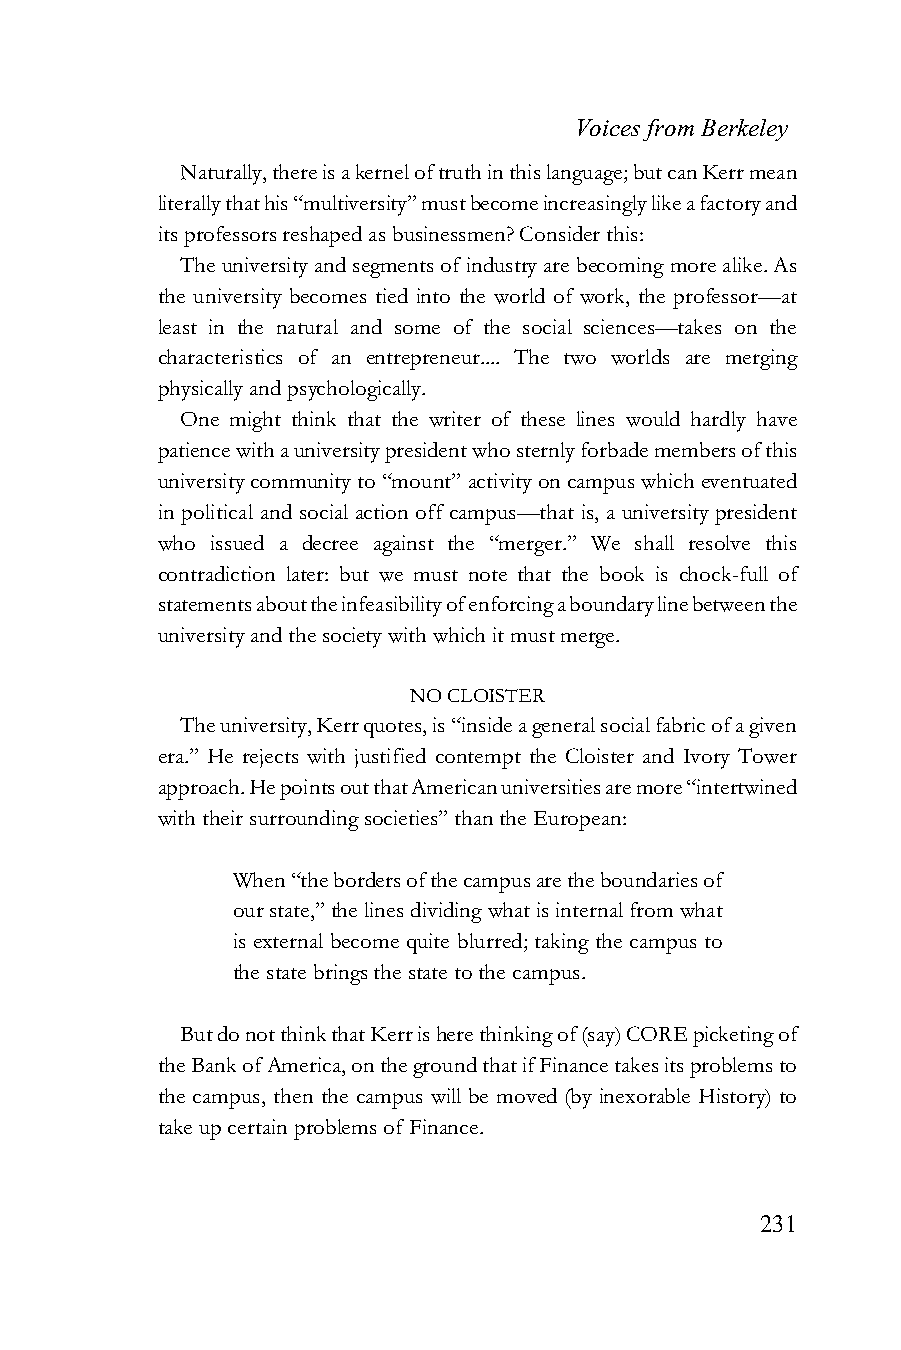
Voices from Berkeley
 Naturally, there is a kernel of truth in this language; but can Kerr mean
 literally that his “multiversity” must become increasingly like a factory and
 its professors reshaped as businessmen? Consider this:
 The university and segments of industry are becoming more alike. As
 the university becomes tied into the world of work, the professor—at
 least in the natural and some of the social sciences—takes on the
 characteristics of an entrepreneur.... The two worlds are merging
 physically and psychologically.
 One might think that the writer of these lines would hardly have
 patience with a university president who sternly forbade members of this
 university community to “mount” activity on campus which eventuated
 in political and social action off campus—that is, a university president
 who issued a decree against the “merger.” We shall resolve this
 contradiction later: but we must note that the book is chock-full of
 statements about the infeasibility of enforcing a boundary line between the
 university and the society with which it must merge.
 NO CLOISTER
 The university, Kerr quotes, is “inside a general social fabric of a given
 era.” He rejects with justified contempt the Cloister and Ivory Tower
 approach. He points out that American universities are more “intertwined
 with their surrounding societies” than the European:
 When “the borders of the campus are the boundaries of
 our state,” the lines dividing what is internal from what
 is external become quite blurred; taking the campus to
 the state brings the state to the campus.
 But do not think that Kerr is here thinking of (say) CORE picketing of
 the Bank of America, on the ground that if Finance takes its problems to
 the campus, then the campus will be moved (by inexorable History) to
 take up certain problems of Finance.
 231